Vaccination Hyderabad 1872-1889 - 1872-1889
Year: 1872
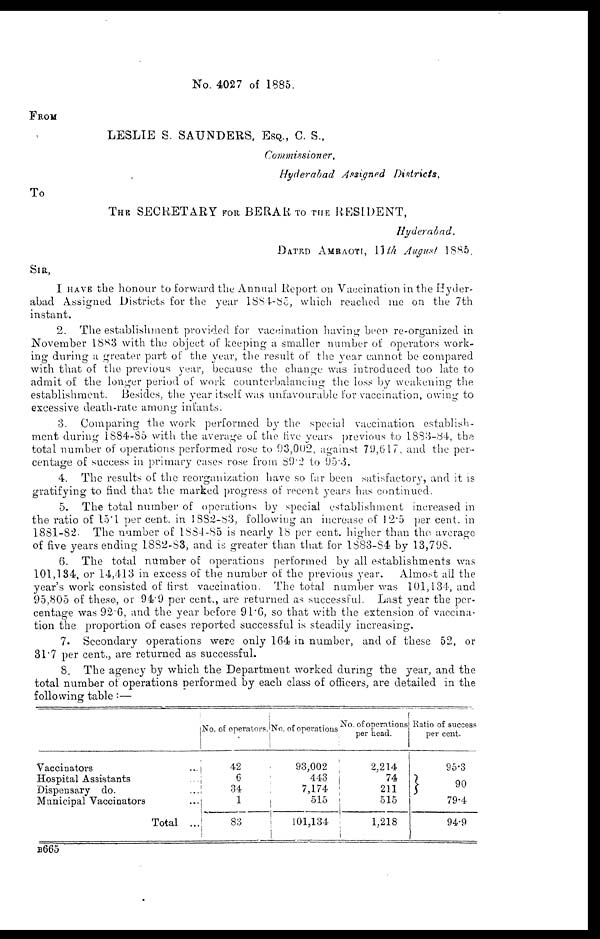
No. 4027 of 1885.
FROM
LESLIE S. SAUNDERS, ESQ., C. S.,
Commissioner,
Hyderabad Assigned Districts,
To
THE SECRETARY FOR BERAR TO THE RESIDENT,
Hyderabad.
DATED AMRAOTI, 11th August 1885.
SIR,
I HAVE the honour to forward the Annual Report on Vaccination in the Hyder-
abad Assigned Districts for the year 1884-85, which reached me on the 7th
instant.
2. The establishment provided for vaccination having been re-organized in
November 1883 with the object of keeping a smaller number of operators work-
ing during a greater part of the year, the result of the year cannot be compared
with that of the previous year, because the change was introduced too late to
admit of the longer period of work counterbalancing the loss by weakening the
establishment. Besides, the year itself was unfavourable for vaccination, owing to
excessive death-rate among infants.
3. Comparing the work performed by the special vaccination establish-
ment during 1884-85 with the average of the five years previous to 1883-84, the
total number of operations performed rose to 93,002, against 79,617, and the per-
centage of success in primary cases rose from 89.2 to 95.3.
4. The results of the reorganization have so far been satisfactory, and it is
gratifying to find that the marked progress of recent years has continued.
5. The total number of operations by special establishment increased in
the ratio of 15.1 per cent. in 1882-83, following an increase of 12.5 per cent. in
1881-82. The number of 1884-85 is nearly 18 per cent. higher than the average
of five years ending 1882-83, and is greater than that for 1883-84 by 13,798.
6. The total number of operations performed by all establishments was
101,134. or 14,413 in excess of the number of the previous year. Almost all the
year's work consisted of first vaccination. The total number was 101,134, and
95,805 of these, or 94.9 per cent., are returned as successful. Last year the per-
centage was 92.6, and the year before 91.6, so that with the extension of vaccina-
tion the proportion of cases reported successful is steadily increasing.
7. Secondary operations were only 164 in number, and of these 52, or
31.7 per cent., are returned as successful.
8. The agency by which the Department worked during the year, and the
total number of operations performed by each class of officers, are detailed in the
following table:—
Vaccinators ...
Hospital Assistants ...
Dispensary do. ...
Municipal Vaccinators ...
Total ...
No. of operators.
42
6
34
1
83
No. of operations
93,002
443
7,174
515
101,134
No. of operations
per head.
2,214
74
211
515
1,218
Ratio of success
per cent.
95.3
90
79.4
94.9
B665